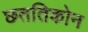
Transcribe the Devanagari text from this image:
छततिकोन